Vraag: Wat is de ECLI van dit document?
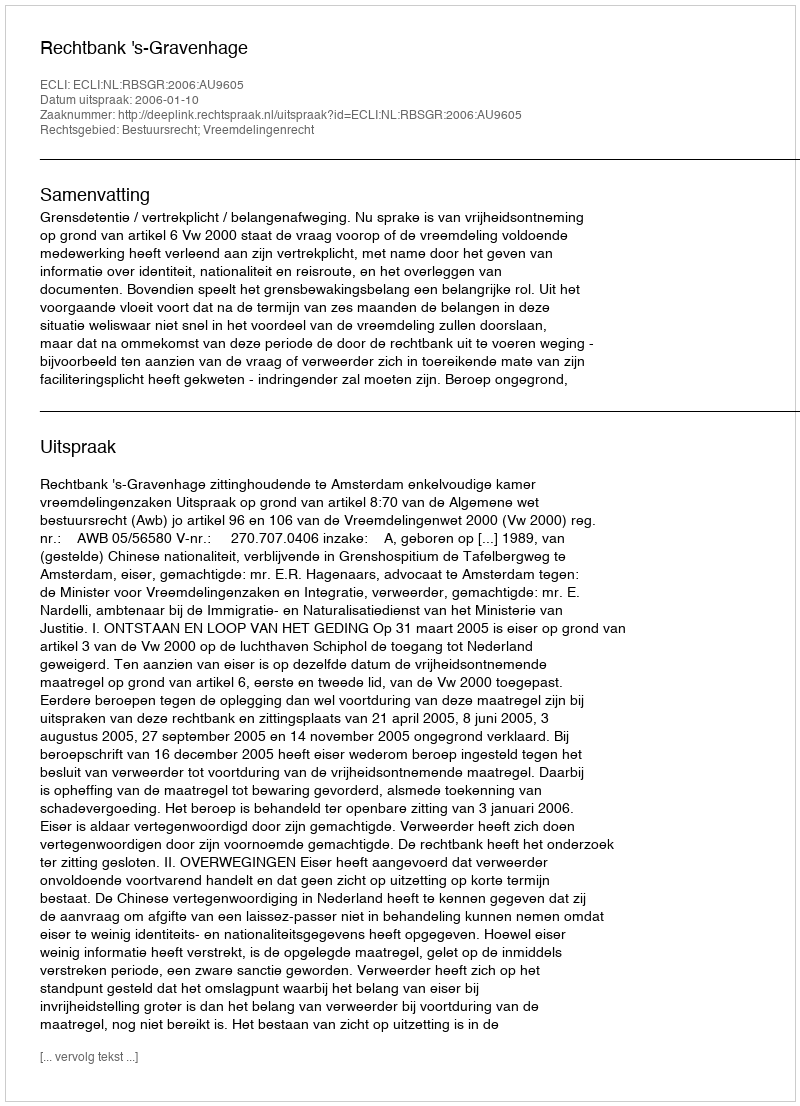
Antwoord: ECLI:NL:RBSGR:2006:AU9605